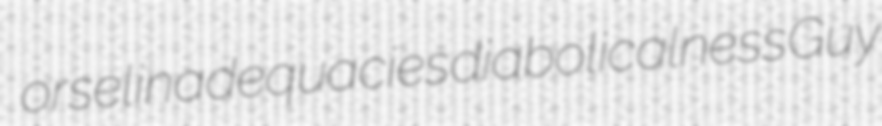
orsel inadequacies diabolicalness Guy